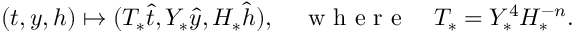
( t , y , h ) \mapsto ( T _ { * } \hat { t } , Y _ { * } \hat { y } , H _ { * } \hat { h } ) , \quad \mathrm { ~ w ~ h ~ e ~ r ~ e ~ } \quad T _ { * } = Y _ { * } ^ { 4 } H _ { * } ^ { - n } .